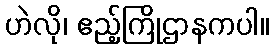
ဟဲလို၊ ဧည့်ကြိုဌာနကပါ။